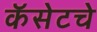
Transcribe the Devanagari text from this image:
कॅसेटचे